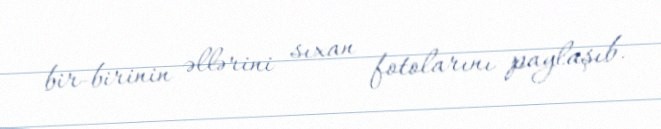
bir-birinin əllərini sıxan fotolarını paylaşıb.